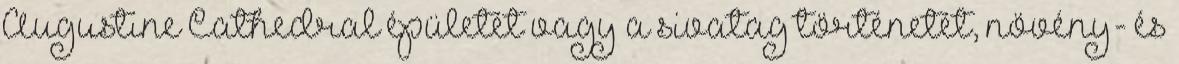
Augustine Cathedral épületét vagy a sivatag történetét, növény- és